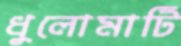
ধুলোমাটি